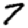
Digit: 7